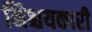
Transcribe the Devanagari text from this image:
निश्चयकारी